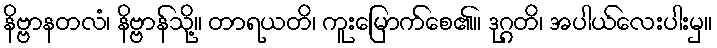
နိဗ္ဗာနတလံ၊ နိဗ္ဗာန်သို့။ တာရယတိ၊ ကူးမြောက်စေ၏။ ဒုဂ္ဂတိ၊ အပါယ်လေးပါးမှ။